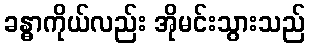
ခန္ဓာကိုယ်လည်း အိုမင်းသွားသည်